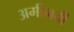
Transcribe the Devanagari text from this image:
अमीनची